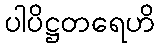
ပါပိဋ္ဌတရေဟိ